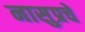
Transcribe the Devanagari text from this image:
नासुप्रचे